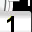
Digit: 1